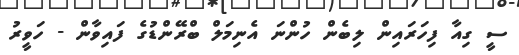
ސީ ގިއާ ފިހަރައިން ލިބެން ހުންނަ އެނިމަލް ބްރޭންޑުގެ ފައިވާން - ހަވީރު